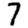
Digit: 7